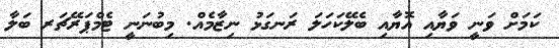
ކަމަށް ވަނީ ވަޔާއި އޮޔާއި ބެލޭކަހަލަ ރަނގަޅު ނިޒާމެއް. މިބުނަނީ ޓެމްޕަރޭޗަރ ބަލާ